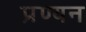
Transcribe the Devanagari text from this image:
प्रण्यन